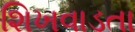
શિખવાડતા